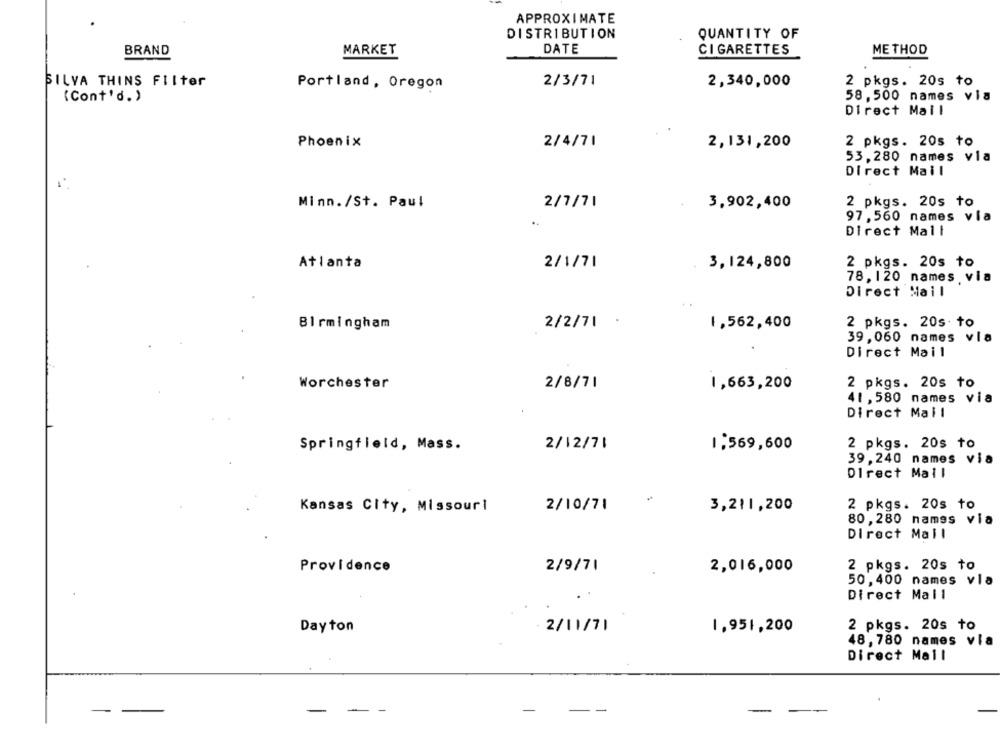
APPROXIMATE
DISTRIBUTION
QUANTITY OF
BRAND
MARKET
DATE
CIGARETTES
METHOD
SILVA THINS FIIter
2/3/71
2 pkgs. 20s to
Portland, Oregon
2,340,000
(Cont'd.)
58, 500 names via
Direct Mail
Phoenix
2 pkgs. 20s to
2/4/71
2,131,200
53,280 names via
Direct Mail
Minn./St. Paul
2 pkgs. 20s to
2/7/71
3,902,400
97,560 names vla
..
Direct Mail
2 pkgs. 20s to
Atlanta
2/1/71
3,124,800
78, 120 names via
Direct Mail
.
2 pkgs. 20s. to
Birmingham
2/2/71
1,562,400
39, 060 names vla
Direct Mail
Worchester
2/8/71
1,663,200
2 pkgs. 20s to
41, 580 names via
Direct Mail
Springfield, Mass.
2/12/71
1,569,600
2 pkgs. 20s to
39,240 names via
Direct Mail
Kansas City, Missouri
2/10/71
3,211,200
2 pkgs. 20s to
80,280 names via
Direct Mail
Providence
2/9/71
2,016,000
2 pkgs. 20s to
50,400 names vla
Direct Mall
Dayton
2/11/71
1,951,200
2 pkgs. 20s to
48, 780 names via
Direct Mail
-
-